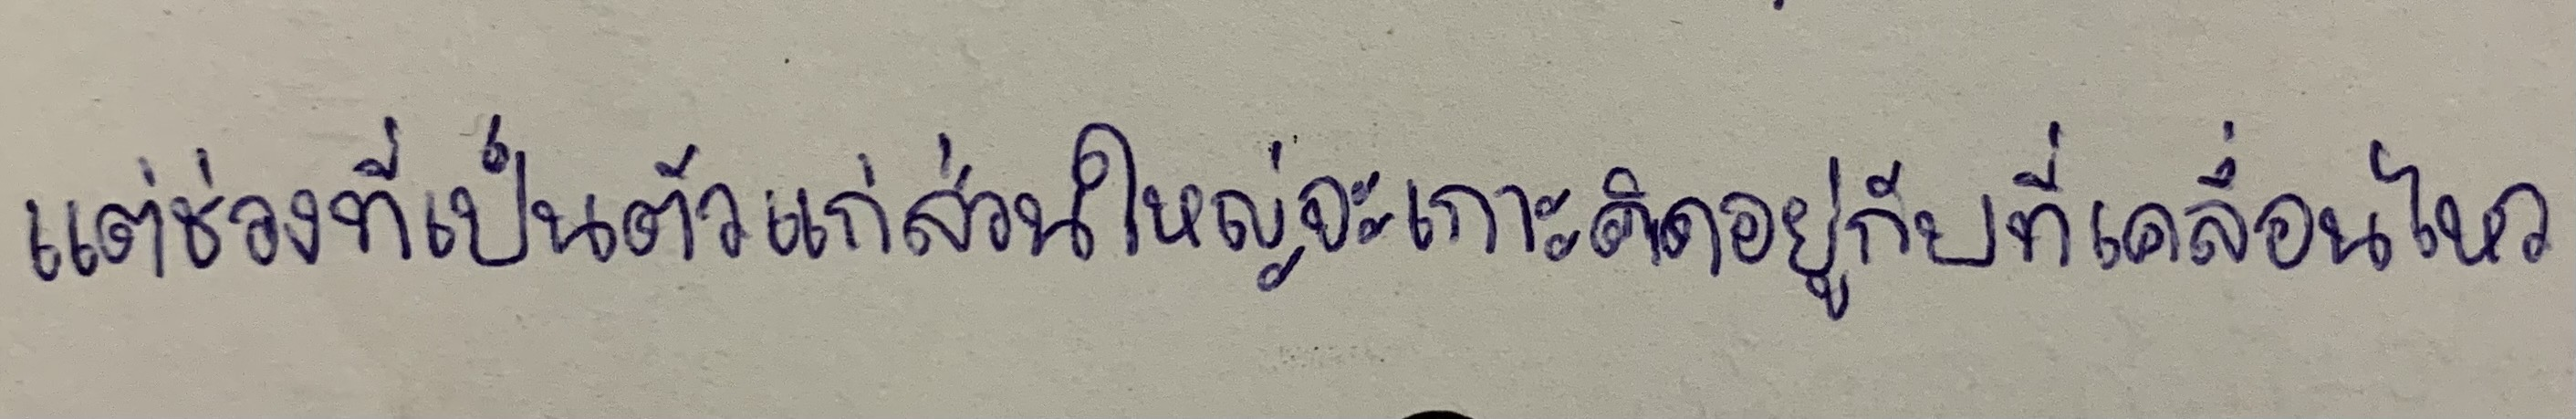
แต่ช่วงที่เป็นตัวแก่ส่วนใหญ่จะเกาะติดอยู่กับที่เคลื่อนไหว